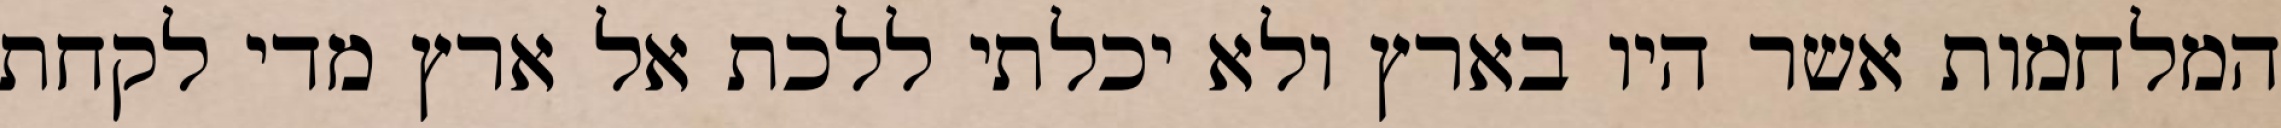
המלחמות אשר היו בארץ ולא יכלתי ללכת אל ארץ מדי לקחת